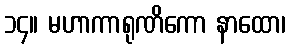
၁၄။ မဟာကာရုဏိကော နာထော၊